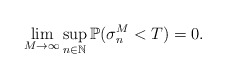
\begin{align*}\lim_{M\rightarrow\infty}\sup_{n\in \mathbb{N}} \mathbb{P}(\sigma_{n}^M <T) =0 .\end{align*}